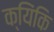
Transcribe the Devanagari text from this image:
क्यिंकि